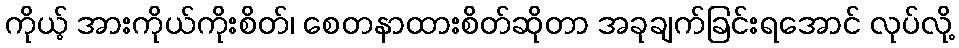
ကိုယ့် အားကိုယ်ကိုးစိတ်၊ စေတနာထားစိတ်ဆိုတာ အခုချက်ခြင်းရအောင် လုပ်လို့